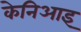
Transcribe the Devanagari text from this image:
केनिआइ